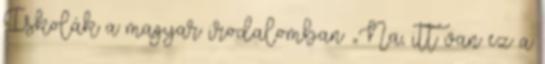
Iskolák a magyar irodalomban „Na, itt van ez a